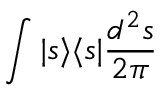
\int { | \boldsymbol { s } \rangle \langle \boldsymbol { s } | \frac { d ^ { 2 } \boldsymbol { s } } { 2 \pi } }